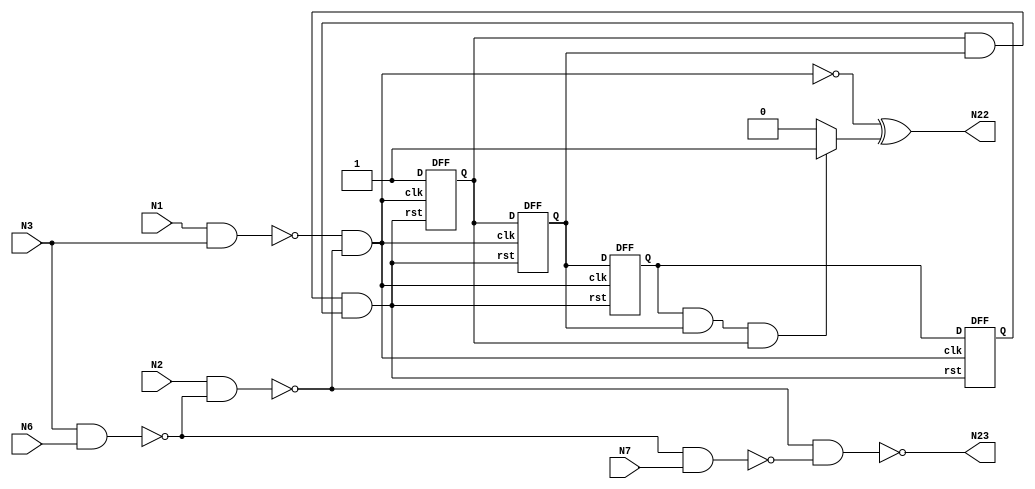
`timescale 1ns / 1ps
module bench(N1, N2, N3, N6, N7, N22, N23);
  input N1, N2, N3, N6, N7;
  output N22, N23;
  wire N1, N2, N3, N6, N7;
  wire N22, N23;
  wire N10, N11, N16, N19, op;
  nand NAND2_1 (N10, N1, N3);
  nand NAND2_2 (N11, N3, N6);
  nand NAND2_3 (N16, N2, N11);
  nand NAND2_4 (N19, N11, N7);
  nand NAND2_5 (op, N10, N16);
  nand NAND2_6 (N23, N16, N19);
wire AO, QA, QB, QC, QD, and1, reset;
reg CO;
and AND1(AO, N10, N16);
xor EXOR1 (N22, op, CO);
always @ (N10 or N16 or N11)
  $display ("QD = %b, QC = %b, QB = %b, QA = %b, AND Output = %b, Counter output = %b, Exor output = %b", QD, QC, QB, QA, AO, CO, N22);
  and a1 (and1, QA, QB);
  and a2 (reset, and1, QD);
  DFF ff1 (AO, reset, 1'b1, QA);
  DFF ff2 (AO, reset, QA, QB);
  DFF ff3 (AO, reset, QB, QC);
  DFF ff4 (AO, reset, QC, QD);
  always @ (QA or QB or QC or QD)
    begin
      if ((QC) && (QB) && (QA))
        CO=1;
      else
        CO=0;
    end
endmodule

module DFF (clk, rst, D, Q);
  input clk, rst, D;
  output reg Q;
  always @ (posedge clk or posedge rst)
    begin
      if (rst)
        Q<=1'b0;
      else
        Q<=D;
    end
endmodule